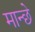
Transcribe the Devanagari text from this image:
मान्छे